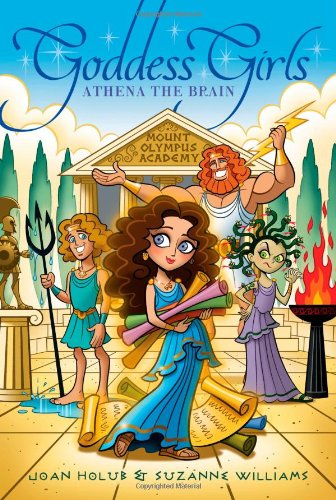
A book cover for Athena the Brain (Goddess Girls); Joan Holub; Children's Books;